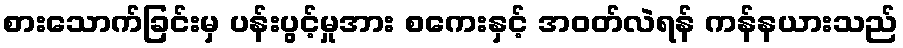
စားသောက်ခြင်းမှ ပန်းပွင့်မှုအား စကေးနှင့် အဝတ်လဲရန် ကန်နယားသည်